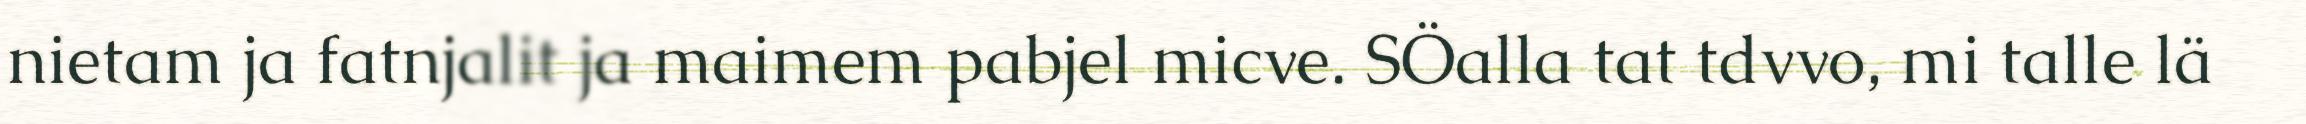
nietam ja fatnjalit ja maimem pabjel micve. SÖalla tat tdvvo, mi talle lä